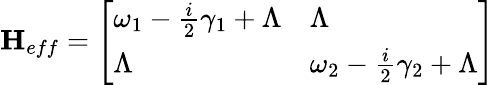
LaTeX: \mathbf{H}_{eff}=\left[\begin{array}{ll}{\omega_{1}-\frac{i}{2}\gamma_{1}+\Lambda}&{\Lambda}\\ {\Lambda}&{\omega_{2}-\frac{i}{2}\gamma_{2}+\Lambda}\end{array}\right]